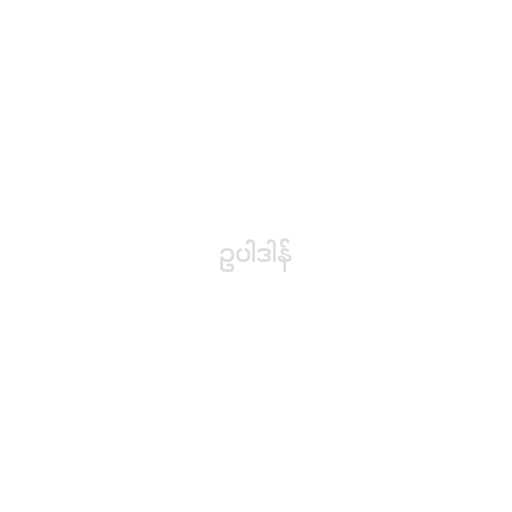
ဥပါဒါန်